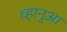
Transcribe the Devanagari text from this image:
व्हानुआ